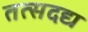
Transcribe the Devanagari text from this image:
तत्सदद्य